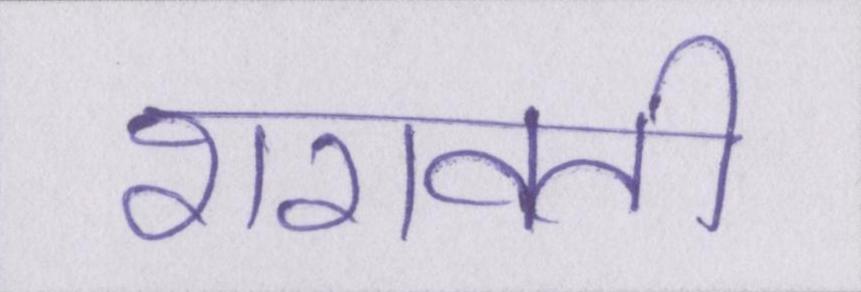
शरावती